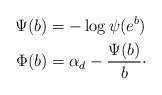
\begin{align*}\Psi(b) &= -\log\psi(e^b)\\\Phi(b) &= \alpha_d - \frac{\Psi(b)}{b}\cdot\end{align*}